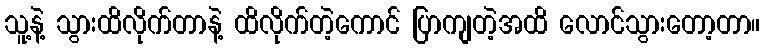
သူ့နဲ့ သွားထိလိုက်တာနဲ့ ထိလိုက်တဲ့ကောင် ပြာကျတဲ့အထိ လောင်သွားတော့တာ။